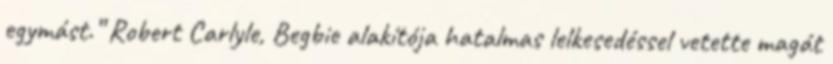
egymást.” Robert Carlyle, Begbie alakítója hatalmas lelkesedéssel vetette magát